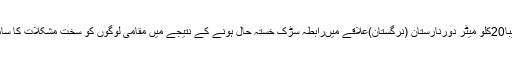
قصبہ ترال سے تقریباً20کلو میٹر دورنارستان (نرگستان)علاقے میںرابطہ سڑک خستہ حال ہونے کے نتیجے میں مقامی لوگوں کو سخت مشکلات کا سامنا کرنا پڑ رہا ہے ۔